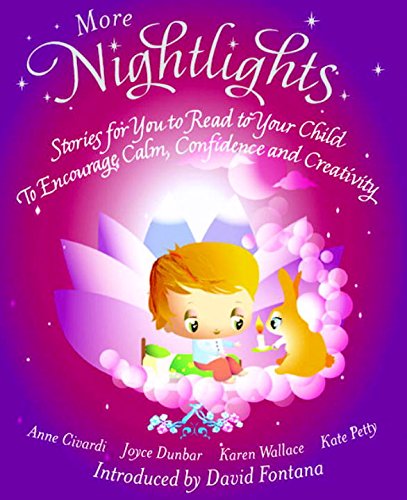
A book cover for More Nightlights: Stories for You to Read to Your Child - To Encourage Calm, Confidence and Creativity; Anne Civardi; Children's Books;